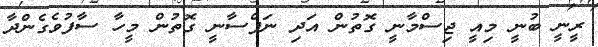
ރީނީ ބުނީ މިއީ ޖިސްމާނީ ގޮތުން އަދި ނަފްސާނީ ގޮތުން މީހާ ސާފުވެގެންދާ